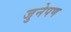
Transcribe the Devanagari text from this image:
जुनेपण